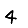
Digit: 4